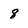
Character: 8